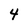
Character: 4